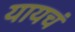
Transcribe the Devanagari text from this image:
यायचं